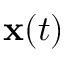
\mathbf { x } ( t )